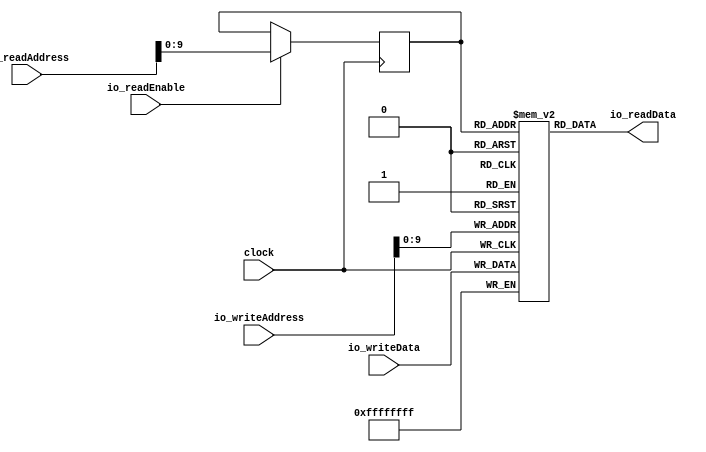
module bsram( // @[:@3.2]
  input         clock, // @[:@4.4]
  input  [19:0] io_readAddress, // @[:@6.4]
  input         io_readEnable, // @[:@6.4]
  input  [19:0] io_writeAddress, // @[:@6.4]
  input  [31:0] io_writeData, // @[:@6.4]
  output [31:0] io_readData // @[:@6.4]
);
  reg [31:0] mem [0:1023]; // @[bsram.scala 25:22:@8.4]
  reg [31:0] _RAND_0;
  wire [31:0] mem__T_31_data; // @[bsram.scala 25:22:@8.4]
  wire [9:0] mem__T_31_addr; // @[bsram.scala 25:22:@8.4]
  wire [31:0] mem__T_24_data; // @[bsram.scala 25:22:@8.4]
  wire [9:0] mem__T_24_addr; // @[bsram.scala 25:22:@8.4]
  wire  mem__T_24_mask; // @[bsram.scala 25:22:@8.4]
  wire  mem__T_24_en; // @[bsram.scala 25:22:@8.4]
  wire  _T_25; // @[bsram.scala 28:55:@12.4]
  wire [9:0] _T_30; // @[bsram.scala 28:24:@18.6]
  reg [9:0] mem__T_31_addr_pipe_0;
  reg [31:0] _RAND_1;
  assign mem__T_31_addr = mem__T_31_addr_pipe_0;
  assign mem__T_31_data = mem[mem__T_31_addr]; // @[bsram.scala 25:22:@8.4]
  assign mem__T_24_data = io_writeData;
  assign mem__T_24_addr = io_writeAddress[9:0];
  assign mem__T_24_mask = 1'h1;
  assign mem__T_24_en = 1'h1;
  assign _T_25 = io_readEnable; // @[bsram.scala 28:55:@12.4]
  assign _T_30 = io_readAddress[9:0]; // @[bsram.scala 28:24:@18.6]
  assign io_readData = mem__T_31_data; // @[bsram.scala 28:13:@21.4]
`ifdef RANDOMIZE_GARBAGE_ASSIGN
`define RANDOMIZE
`endif
`ifdef RANDOMIZE_INVALID_ASSIGN
`define RANDOMIZE
`endif
`ifdef RANDOMIZE_REG_INIT
`define RANDOMIZE
`endif
`ifdef RANDOMIZE_MEM_INIT
`define RANDOMIZE
`endif
`ifdef RANDOMIZE
  integer initvar;
  initial begin
    `ifndef verilator
      #0.002 begin end
    `endif
  _RAND_0 = {1{$random}};
  `ifdef RANDOMIZE_MEM_INIT
  for (initvar = 0; initvar < 1024; initvar = initvar+1)
    mem[initvar] = _RAND_0[31:0];
  `endif // RANDOMIZE_MEM_INIT
  `ifdef RANDOMIZE_REG_INIT
  _RAND_1 = {1{$random}};
  mem__T_31_addr_pipe_0 = _RAND_1[9:0];
  `endif // RANDOMIZE_REG_INIT
  end
`endif // RANDOMIZE
  always @(posedge clock) begin
    if(mem__T_24_en & mem__T_24_mask) begin
      mem[mem__T_24_addr] <= mem__T_24_data; // @[bsram.scala 25:22:@8.4]
    end
    if (_T_25) begin
      mem__T_31_addr_pipe_0 <= _T_30;
    end
  end
endmodule
module mem_interface( // @[:@23.2]
  input         clock, // @[:@24.4]
  input         reset, // @[:@25.4]
  input         io_clock, // @[:@26.4]
  input         io_reset, // @[:@26.4]
  input         io_read, // @[:@26.4]
  input         io_write, // @[:@26.4]
  input  [19:0] io_address, // @[:@26.4]
  input  [31:0] io_in_data, // @[:@26.4]
  output        io_valid, // @[:@26.4]
  output        io_ready, // @[:@26.4]
  output [19:0] io_out_address, // @[:@26.4]
  output [31:0] io_out_data // @[:@26.4]
);
  wire  bsram0_clock; // @[mem_interface.scala 29:21:@28.4]
  wire [19:0] bsram0_io_readAddress; // @[mem_interface.scala 29:21:@28.4]
  wire  bsram0_io_readEnable; // @[mem_interface.scala 29:21:@28.4]
  wire [19:0] bsram0_io_writeAddress; // @[mem_interface.scala 29:21:@28.4]
  wire [31:0] bsram0_io_writeData; // @[mem_interface.scala 29:21:@28.4]
  wire [31:0] bsram0_io_readData; // @[mem_interface.scala 29:21:@28.4]
  wire  _T_32; // @[mem_interface.scala 47:25:@48.4]
  bsram bsram0 ( // @[mem_interface.scala 29:21:@28.4]
    .clock(bsram0_clock),
    .io_readAddress(bsram0_io_readAddress),
    .io_readEnable(bsram0_io_readEnable),
    .io_writeAddress(bsram0_io_writeAddress),
    .io_writeData(bsram0_io_writeData),
    .io_readData(bsram0_io_readData)
  );
  assign _T_32 = io_read | io_write; // @[mem_interface.scala 47:25:@48.4]
  assign io_valid = io_read | io_write; // @[mem_interface.scala 48:14:@50.6 mem_interface.scala 51:14:@54.6]
  assign io_ready = _T_32 ? 1'h0 : 1'h1; // @[mem_interface.scala 49:14:@51.6 mem_interface.scala 52:14:@55.6]
  assign io_out_address = io_read ? io_address : 20'h0; // @[mem_interface.scala 42:20:@41.6 mem_interface.scala 44:20:@44.6]
  assign io_out_data = bsram0_io_readData; // @[mem_interface.scala 38:25:@38.4]
  assign bsram0_clock = clock; // @[:@29.4]
  assign bsram0_io_readAddress = io_address; // @[mem_interface.scala 32:25:@33.4]
  assign bsram0_io_readEnable = io_read; // @[mem_interface.scala 33:25:@34.4]
  assign bsram0_io_writeAddress = io_address; // @[mem_interface.scala 35:25:@36.4]
  assign bsram0_io_writeData = io_in_data; // @[mem_interface.scala 36:25:@37.4]
endmodule